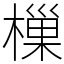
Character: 樔